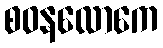
စဝနလောကေ